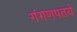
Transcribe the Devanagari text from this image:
गंगणपतये